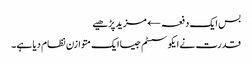
بس ایک دفعہ← مزید پڑھیے
قدرت نے ایکو سسٹم جیسا ایک متوازن نظام دیا ہے۔